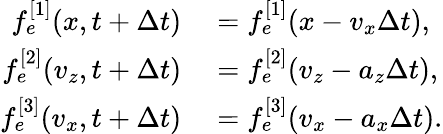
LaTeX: \begin{array}{rl}{f_{e}^{[1]}(x,t+\Delta t)}&{{}=f_{e}^{[1]}(x-v_{x}\Delta t),}\\ {f_{e}^{[2]}(v_{z},t+\Delta t)}&{{}=f_{e}^{[2]}(v_{z}-a_{z}\Delta t),}\\ {f_{e}^{[3]}(v_{x},t+\Delta t)}&{{}=f_{e}^{[3]}(v_{x}-a_{x}\Delta t).}\end{array}